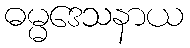
ဓမ္မဒေသနာယ